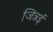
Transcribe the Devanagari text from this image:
जिन्नई